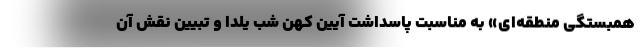
همبستگی منطقه‌ای» به مناسبت پاسداشت آیین کهن شب یلدا و تبیین نقش آن